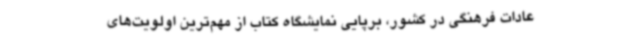
عادات فرهنگی در کشور، برپایی نمایشگاه کتاب از مهم‌ترین اولویت‌های